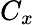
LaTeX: C_{x}